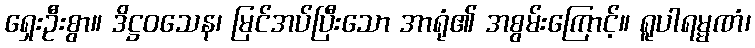
ရှေးဦးစွာ။ ဒိဋ္ဌဝသေန၊ မြင်အပ်ပြီးသော အာရုံ၏ အစွမ်းကြောင့်။ ရူပါရမ္မဏံ၊